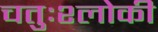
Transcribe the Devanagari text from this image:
चतुःश्लोकी